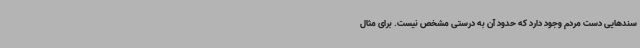
سندهایی دست مردم وجود دارد که حدود آن به درستی مشخص نیست. برای مثال